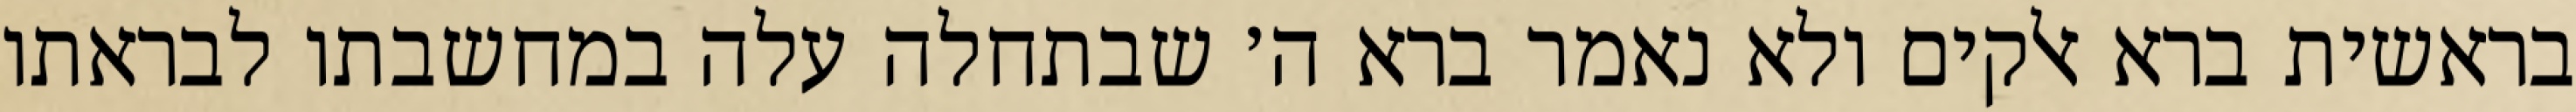
בראשית ברא אלקים ולא נאמר ברא ה׳ שבתחלה עלה במחשבתו לבראתו